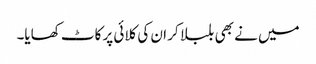
میں نے بھی بلبلا کر ان کی کلائی پر کاٹ کھایا۔